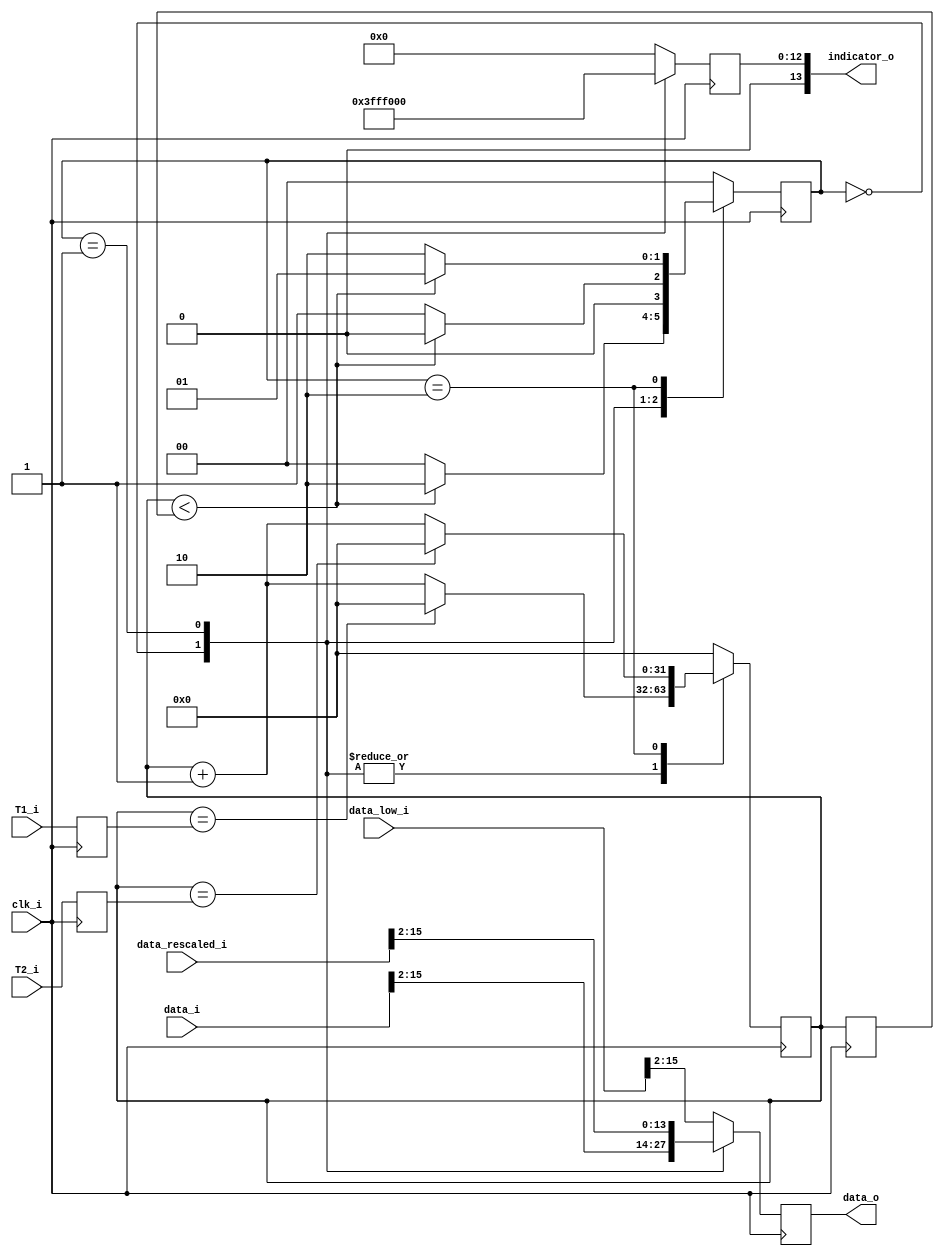
`timescale 1ns / 1ps
//////////////////////////////////////////////////////////////////////////////////
//////////////////////////////////////////////////////////////////////////////////


module kovacs_protocol1 (
    input wire clk_i,
    input wire [15:0] data_i,
    input wire [15:0] data_rescaled_i,
    input wire [15:0] data_low_i,
    input wire [31:0] T1_i,
    input wire [31:0] T2_i,
    output wire [13:0] data_o,
    output wire [13:0] indicator_o
    );
              
    reg [13:0] data_d, 
               data_q = 14'd0,
               indicator_d,
               indicator_q = 14'd0;
              
    reg [31:0] counter_d, 
               counter_q = 32'd0,
               counter_previous,
               T1_q,
               T2_q;
               
    reg [1:0] state_d, state_q = 2'd0;
    
    assign data_o = data_q;
    assign indicator_o = indicator_q;
    
    always @(posedge clk_i) begin
        data_q <= data_d;
        counter_q <= counter_d;
        counter_previous <= counter_q;
        T1_q <= T1_i;
        T2_q <= T2_i;
        state_q <= state_d;
        indicator_q <= indicator_d;
    end

    
    always @(*) begin
        case(state_q)
            2'd0 : begin
                       counter_d = (counter_q == T1_q) ? 32'd0 : (counter_q + 1);
                       state_d = (counter_q < counter_previous) ? 2'd2 : 2'd0;
                   end
            2'd1 : begin
                       counter_d = (counter_q == T1_q) ? 32'd0 : (counter_q + 1);
                       state_d = (counter_q < counter_previous) ? 2'd0 : 2'd1;
                   end
            2'd2 : begin
                       counter_d = (counter_q == T2_q) ? 32'd0 : (counter_q + 1);
                       state_d = (counter_q < counter_previous) ? 2'd1 : 2'd2;
                   end
            default : begin
                       counter_d = 32'd0;
                       state_d = 2'd0;
                   end
        endcase
    end
    
    always @(*) begin
        case(state_q)
            2'd0 : data_d = data_i[15:2];
            2'd1 : data_d = data_rescaled_i[15:2];
            2'd2 : data_d = data_low_i[15:2];
            default: data_d = data_low_i[15:2];
        endcase
    end
    
    always @(*) begin
        case(state_q)
            2'd0 : indicator_d = 14'd8191;
            2'd1 : indicator_d = 14'd4096;
            2'd2 : indicator_d = 14'd0;
            default: indicator_d = 14'd0;
        endcase
    end
        
        
    
endmodule